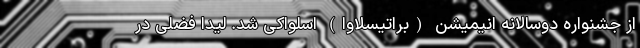
از جشنواره دوسالانه انیمیشن (براتیسلاوا) اسلواکی شد. لیدا فضلی در